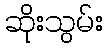
ဆိုးသွမ်း